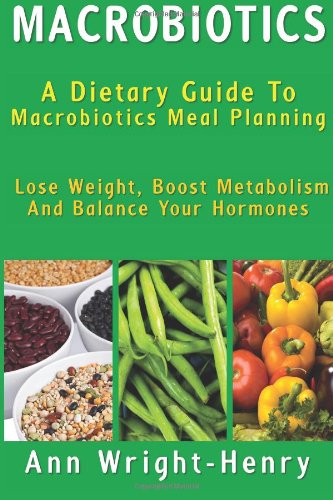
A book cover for Macrobiotics: A Dietary Guide To Macrobiotics Meal Planning: Lose Weight, Boost Metabolism And Balance Your Hormones; Ann Wright-Henry; Health, Fitness & Dieting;